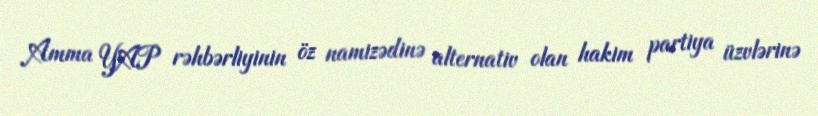
Amma YAP rəhbərliyinin öz namizədinə alternativ olan hakim partiya üzvlərinə